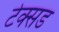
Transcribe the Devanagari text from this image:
टेक्सड